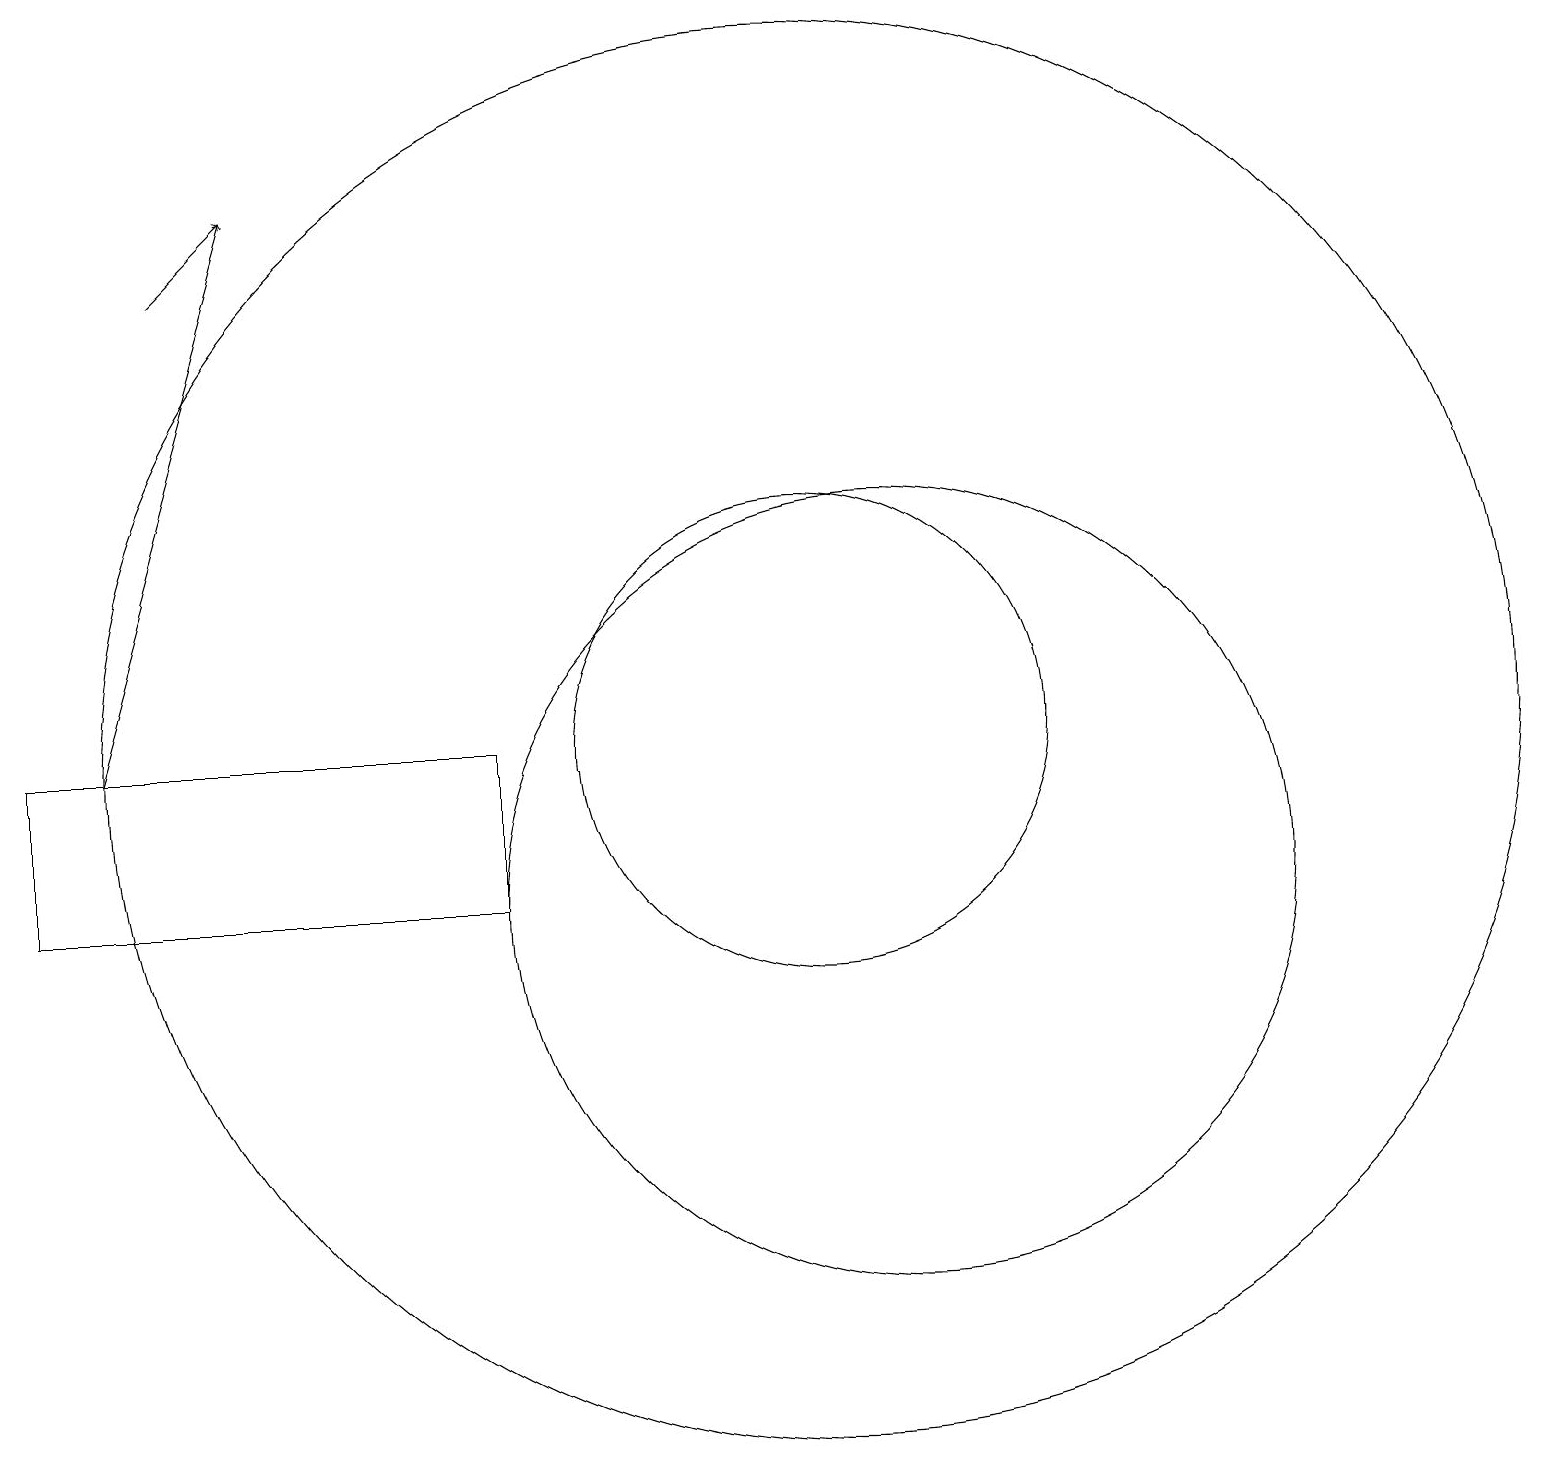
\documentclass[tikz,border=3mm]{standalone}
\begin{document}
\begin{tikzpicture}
\draw (11,12) circle (3);
\draw (11,12) circle (9);
\draw (7,10) rectangle (1,12);
\draw[->] (3,18) -- (4,19);
\draw[->] (2,12) -- (4,19);
\draw (12,10) circle (5);
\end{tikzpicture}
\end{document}